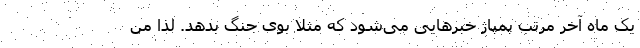
یک ماه آخر مرتب پمپاژ خبرهایی می‌شود که مثلاً بوی جنگ بدهد. لذا من